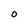
Character: O